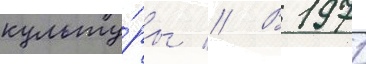
культу́ры // В 1971